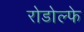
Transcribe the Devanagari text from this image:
रोडोल्फे